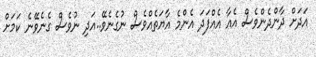
އަދަށް ދާންދެންވެސް އެއާ އެއްފަދަ އެންމެ އާޔަތެއްވެސް ނުގެނެވޭ..އަދި ނުވެސް ގެނެވޭނެ ކަމަށް